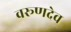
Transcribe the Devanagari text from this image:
वरूणदेव